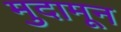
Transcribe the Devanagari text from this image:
मुदामून